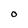
Character: O